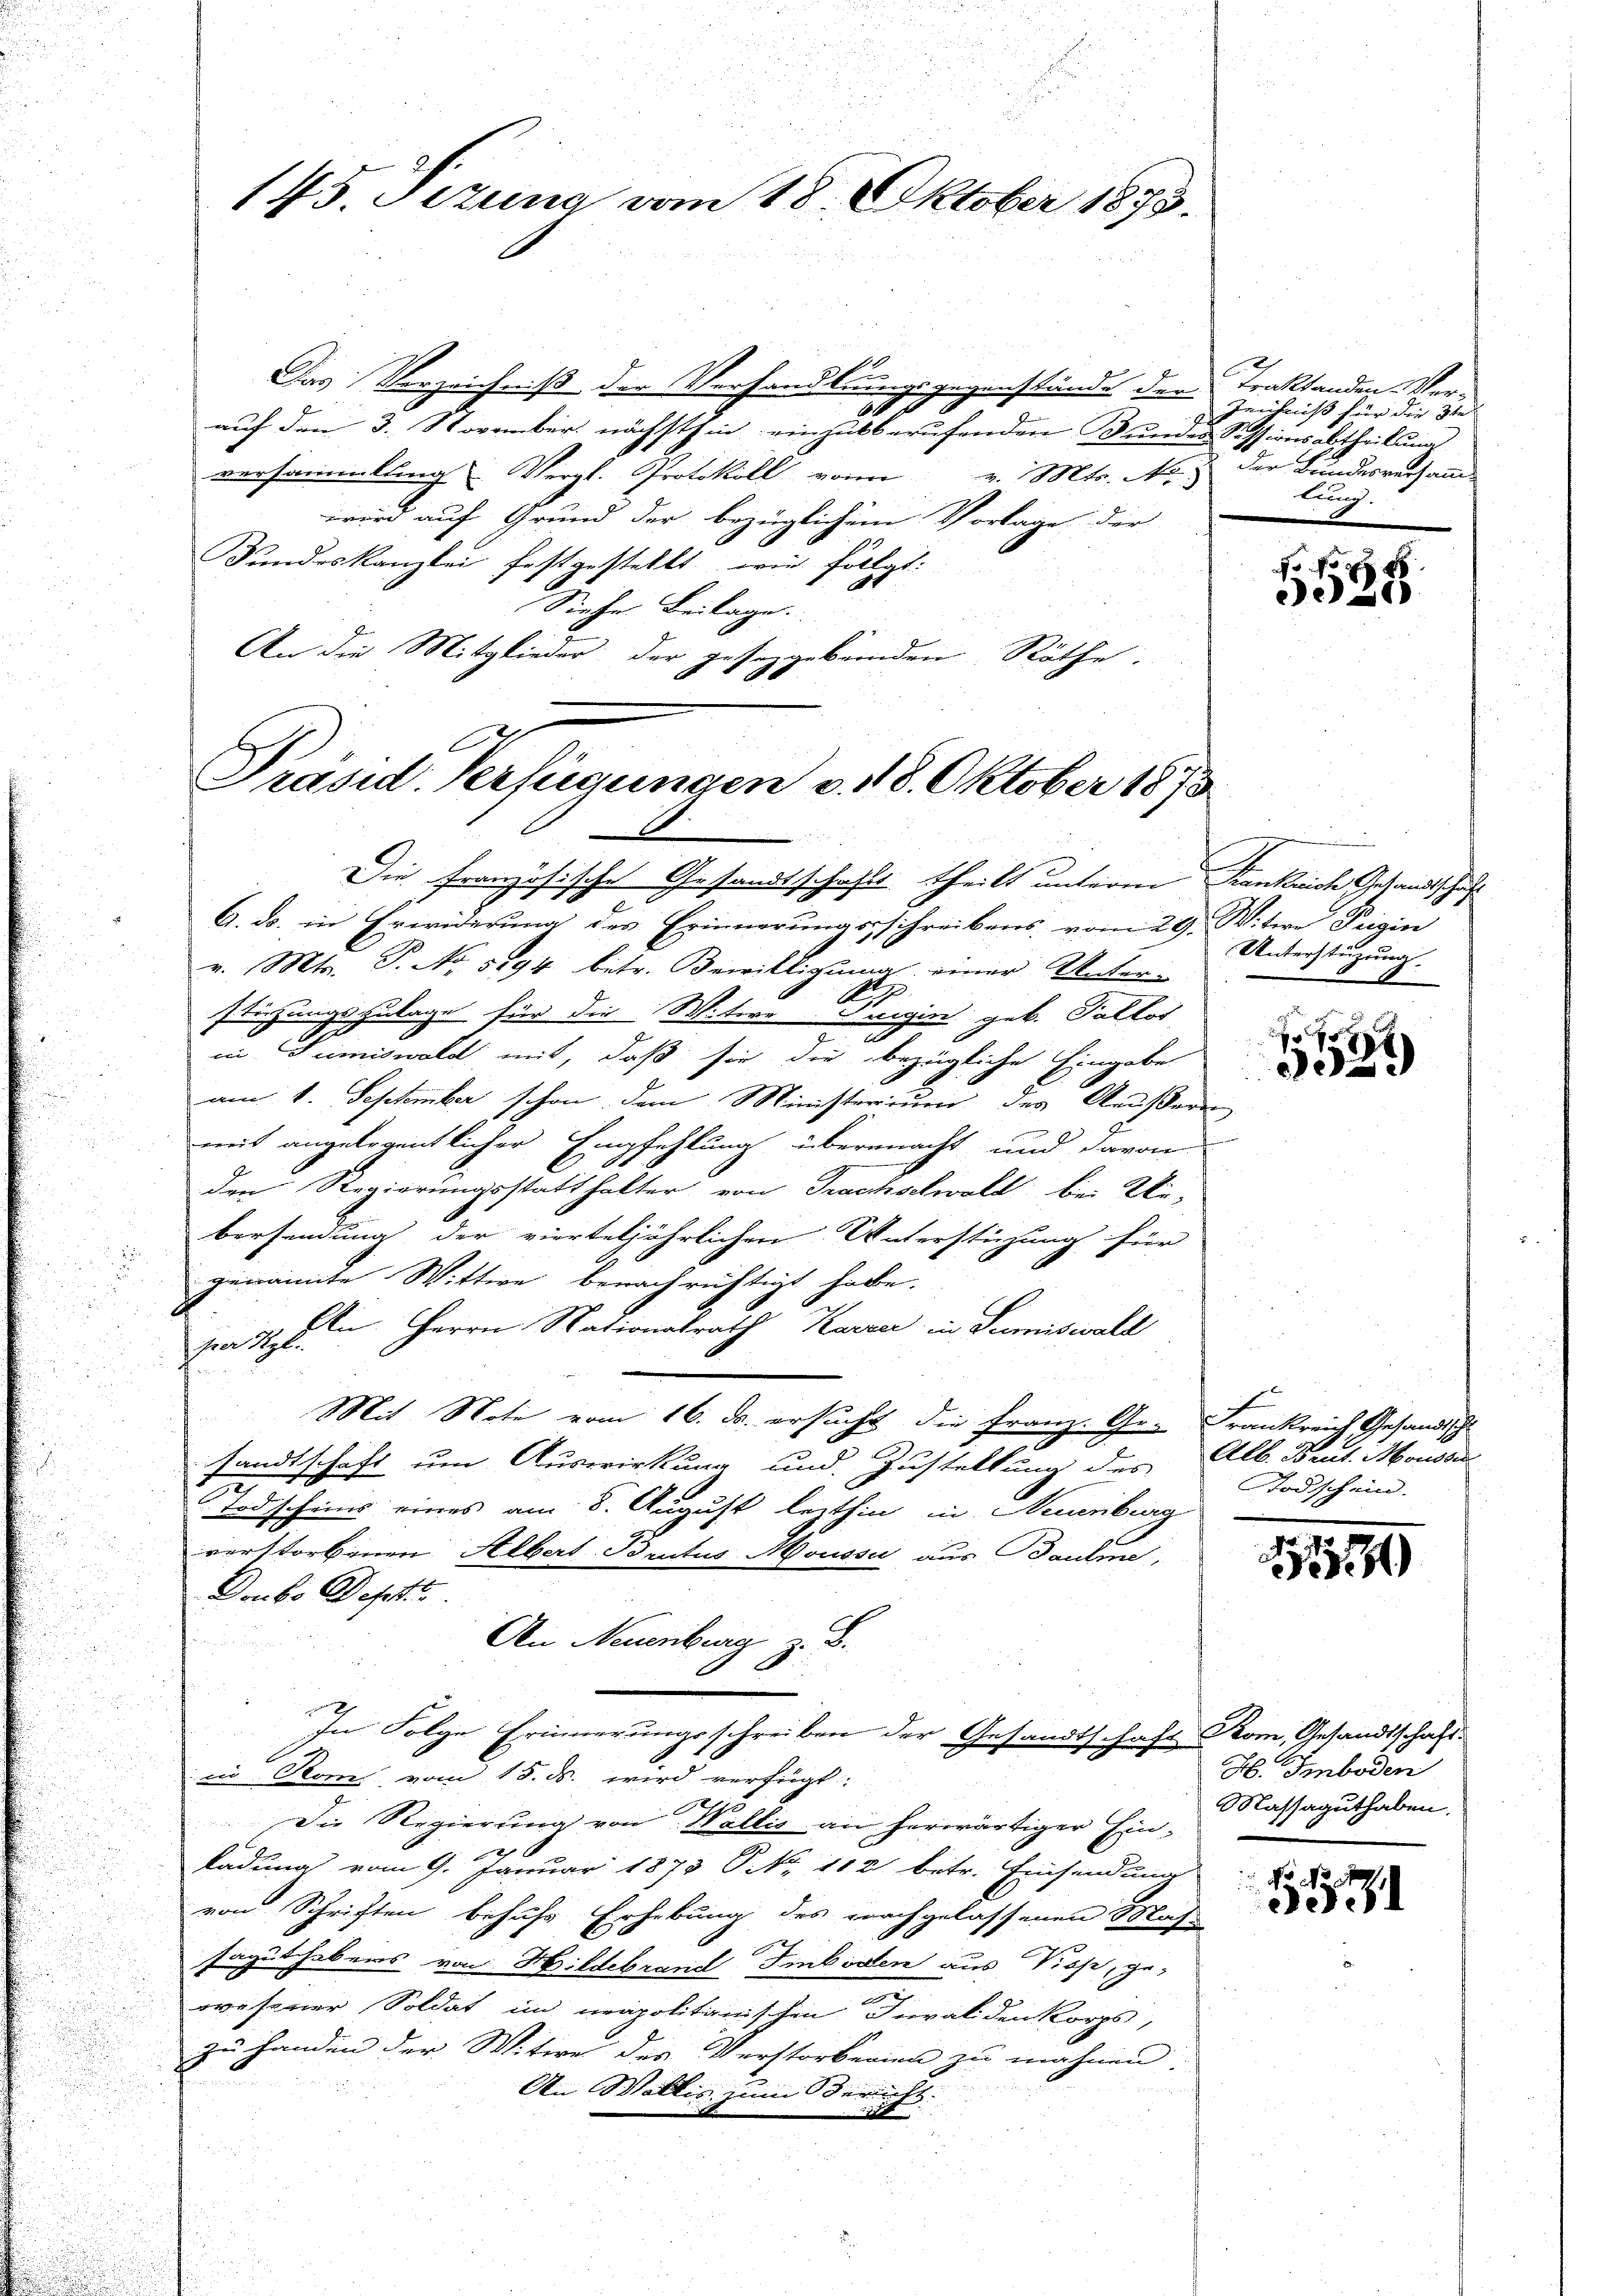
145. Pezuna vom 18. Oktober 1873.

Das Verzeichniß der Verhandlungsgegenstände der
170
auf den 3. November nächsthin einzukberufenden Bundes Sessionsabtheilung
versammlung Vergl. Protokoll von v. Mts. No
wird auf Grund der bezüglichen Vorlage der
Kundeskanzlei festgestellt wie folgt:
Siehe Beilage.
An die Mitglieder der gesetzgebunden Räthe

E
Präsid. Verfügungen v. 118. Oktober 1873.

Traktanden Ver¬
Zeichniß für die 3te
der Bundesversammlung.

Die Französische Gesandtschafts theilt unterm Krankende Gesandtschaft
A. ds. in Erwiderung des Erinnerungsschreibens vom 29. Witire Teigin
v. Mts. T. No. 5194 betr. Bewilligung einer Unter
App
stiehungszulage für die Witwe Luigia geb. Fallor
u
in Sumiswald mit, daß sie die bezügliche Eingabe
am 1. September schon dem Ministerium des Aeußern
mit angelegentlicher Empfehlung übermacht und davon
den Regierungsstatthalter von Trachselwald bei Ue-
bersendung der vierteljährlichen Unterstüzung für
genannte Wittwe benachrichtigt habe.
En Herrn Nationalrath Karrer in Sumiswald
hrer Kgl.
Mit Note vom 16. d. ersucht die Franz. Ge- Frankreich Gesandtische
sandtschaft um Auswirkung und Zustellung des Alb. Beut. Mousser
Todscheins eines am 8. August lezthin in Neuenburg
verstorbenen Albert Brutus Moussi aus Baulen,
Doubs Dept
An Neuenburg z. B.
.
In Folge Erinnerungsschreiben der Gesandtschaft Rom, Gesandtschaft
in Rom vom 15. ds. wird verfügt:
2
Die Regierung von Wallis an herwärtiger Ein¬

Radung vom 9. Januar 1873 No 112 betr. Einsendung
von Schriften behufs Erhebung des nachgelassenen Mah-
saguthabens von Hildebrand Imbosten aus Vieh, ge-
wesener Soldat im neapolitanischen Invaliden korps,
zu Handen der Witwe des Verstorbenen zu mahnen

An Wallis zum Bericht.

fo
e2)

Unterstüzung.

f
de

Todschein.

110

H. Imboden
Massaguthaben.

No No
3531